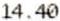
14.40